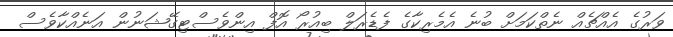
ވަރުގެ އެއްޗެއް ނެތްކަމަށް ބުނެ އެމެރިކާގެ ފެޑެރަލް ބިއުރޯ އޮފް އިންވެސްޓިގޭޝަނުން އަނެއްކާވެސް